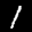
Label: 1